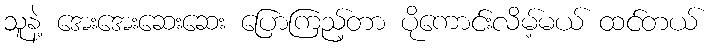
သူနဲ့ အေးအေးဆေးဆေး ပြောကြည့်တာ ပိုကောင်းလိမ့်မယ် ထင်တယ်